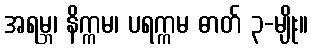
အရမ္ဘ၊ နိက္ကမ၊ ပရက္ကမ ဓာတ် ၃-မျိုး။